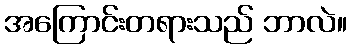
အကြောင်းတရားသည် ဘာလဲ။